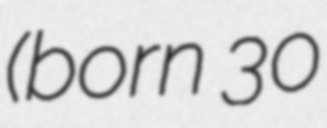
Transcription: (born 30